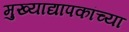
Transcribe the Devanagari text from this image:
मुख्‍याद्यापकांच्‍या